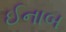
ઈનાબ